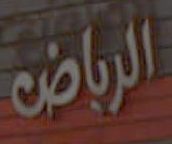
الرياض